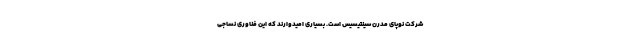
شرکت نوپای مدرن سینتیسیس است. بسیاری امیدوارند که این فناوری نساجی